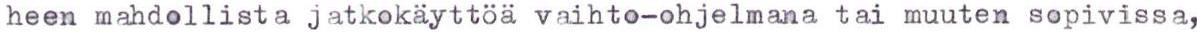
heen mahdollista jatkokäyttöä vaihto-ohjelmana tai muuten sopivissa,